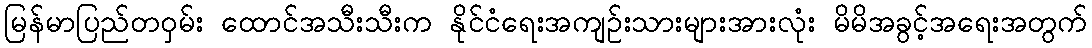
မြန်မာပြည်တဝှမ်း ထောင်အသီးသီးက နိုင်ငံရေးအကျဉ်းသားများအားလုံး မိမိအခွင့်အရေးအတွက်